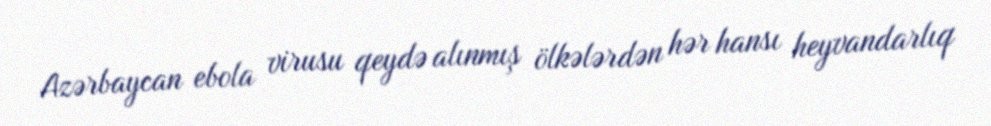
Azərbaycan ebola virusu qeydə alınmış ölkələrdən hər hansı heyvandarlıq